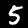
Label: 5